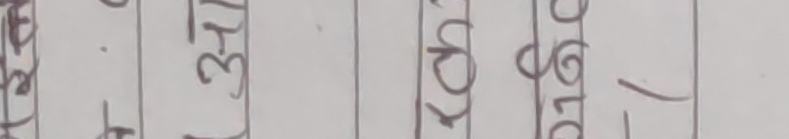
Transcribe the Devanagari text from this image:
ओरिलू ३५/